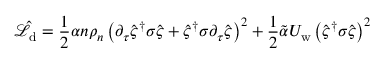
\hat { \mathcal { L } } _ { \mathrm { d } } = \frac { 1 } { 2 } \alpha n \rho _ { n } \left( \partial _ { \tau } \hat { \varsigma } ^ { \dagger } \boldsymbol { \sigma } \hat { \varsigma } + \hat { \varsigma } ^ { \dagger } \boldsymbol { \sigma } \partial _ { \tau } \hat { \varsigma } \right) ^ { 2 } + \frac { 1 } { 2 } \tilde { \alpha } U _ { \mathrm { w } } \left( \hat { \varsigma } ^ { \dagger } \boldsymbol { \sigma } \hat { \varsigma } \right) ^ { 2 }